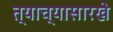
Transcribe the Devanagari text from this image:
त्याच्यासारखे